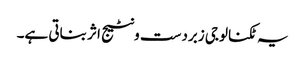
یہ ٹکنالوجی زبردست ونٹیج اثر بناتی ہے۔